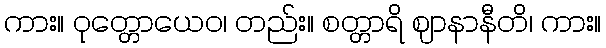
ကား။ ဝုတ္တောယေဝ၊ တည်း။ စတ္တာရိ ဈာနာနီတိ၊ ကား။